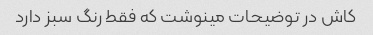
کاش در توضیحات مینوشت که فقط رنگ سبز دارد